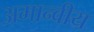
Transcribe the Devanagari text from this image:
अमान्वीय